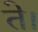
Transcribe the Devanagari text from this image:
ते।